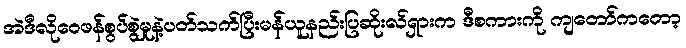
အဲဒီလိုဝေဖန်စွပ်စွဲမှုနဲ့ပတ်သက်ပြီးမန်ယူနည်းပြဆိုးလ်ရှားက ဒီစကားကို ကျတော်ကတော့